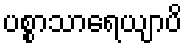
ပစ္စာသာရေယျာပိ